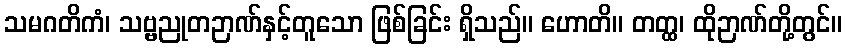
သမဂတိကံ၊ သဗ္ဗညုတဉာဏ်နှင့်တူသော ဖြစ်ခြင်း ရှိသည်။ ဟောတိ။ တတ္ထ၊ ထိုဉာဏ်တို့တွင်။